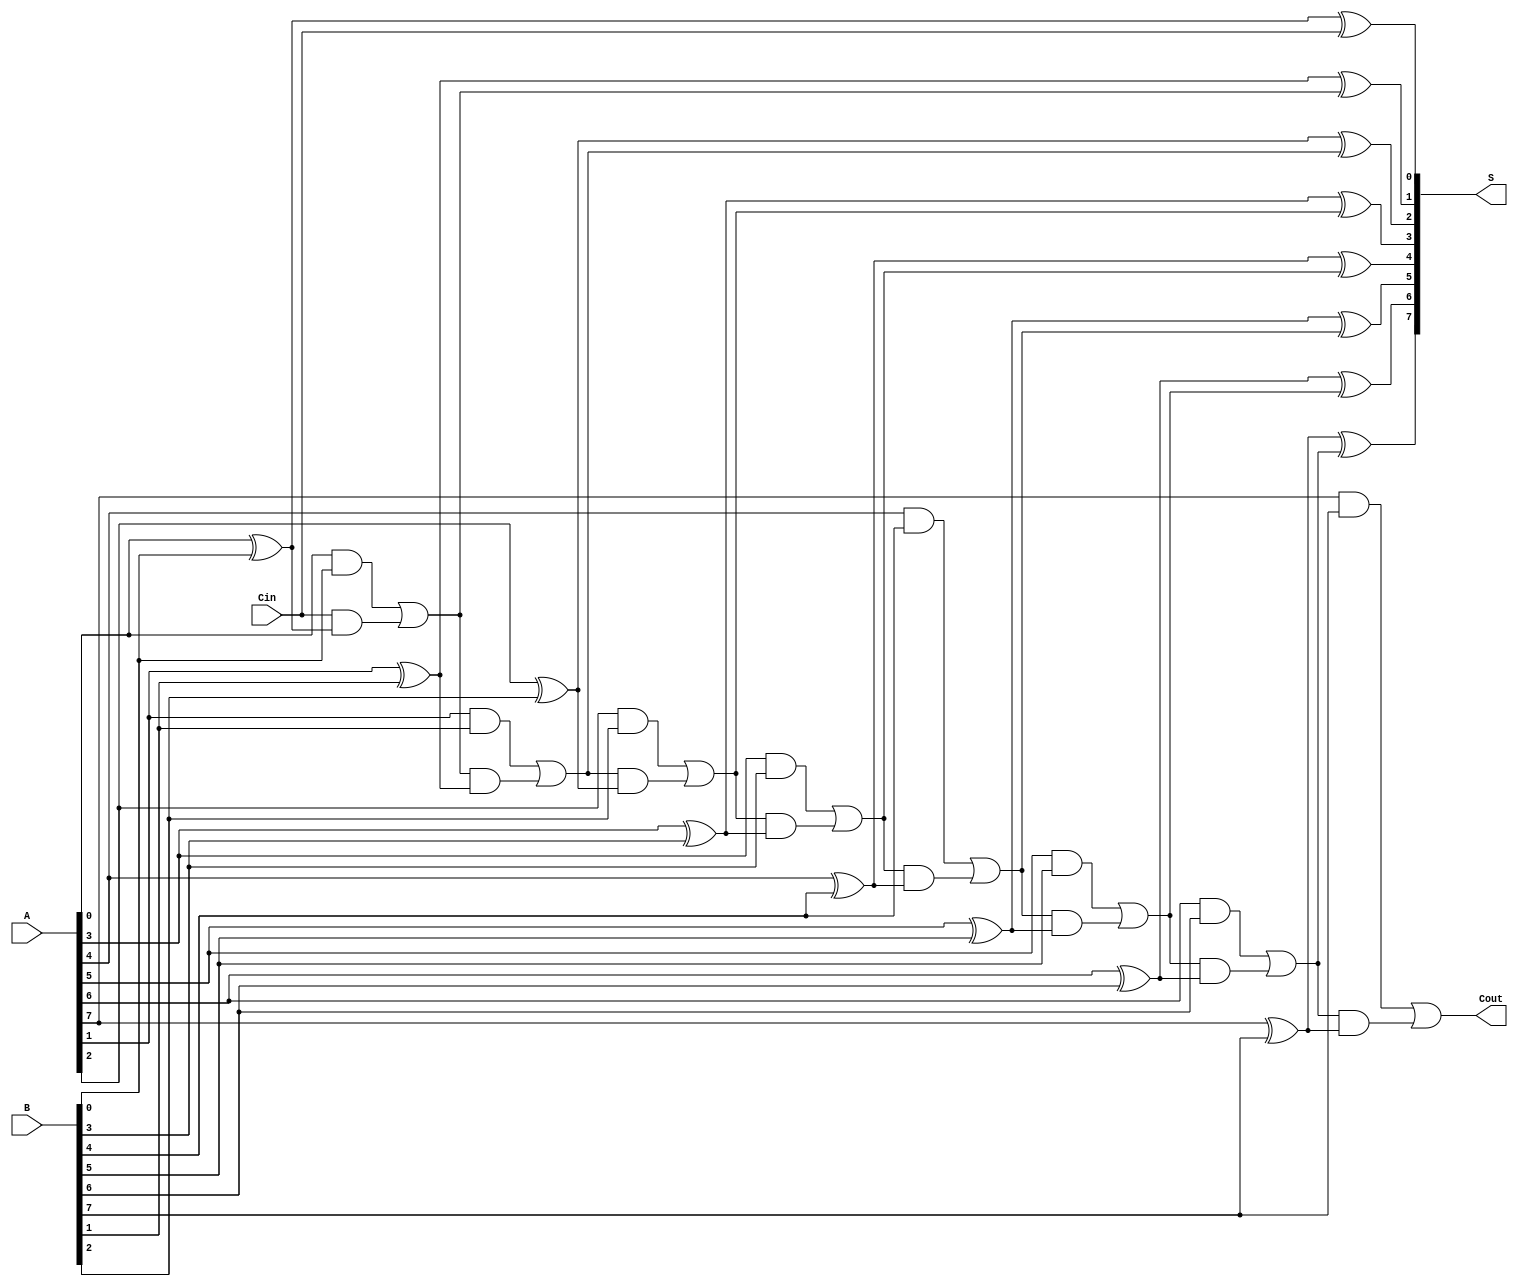
module ManchesterCarryChainAdder #(parameter N = 8) (
    input  wire [N-1:0] A,     // First n-bit input
    input  wire [N-1:0] B,     // Second n-bit input
    input  wire Cin,           // Carry-in
    output wire [N-1:0] S,     // n-bit sum output
    output wire Cout           // Carry-out
);

    wire [N:0] carry; // Carry signals, N+1 to accommodate carry-out

    // Initial carry-in
    assign carry[0] = Cin;

    // Generate carry signals
    genvar i;
    generate
        for (i = 0; i < N; i = i + 1) begin : carry_gen
            assign carry[i+1] = (A[i] & B[i]) | (carry[i] & (A[i] ^ B[i]));
        end
    endgenerate

    // Calculate sum
    generate
        for (i = 0; i < N; i = i + 1) begin : sum_calc
            assign S[i] = A[i] ^ B[i] ^ carry[i];
        end
    endgenerate

    // Carry-out
    assign Cout = carry[N];

endmodule